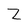
Character: Z